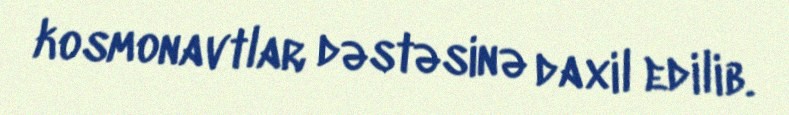
kosmonavtlar dəstəsinə daxil edilib.